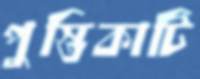
পুস্তিকাটি